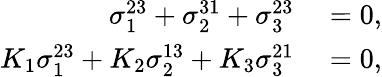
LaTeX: \begin{array}{rl}{\sigma_{1}^{23}+\sigma_{2}^{31}+\sigma_{3}^{23}}&{{}=0,}\\ {K_{1}\sigma_{1}^{23}+K_{2}\sigma_{2}^{13}+K_{3}\sigma_{3}^{21}}&{{}=0,}\end{array}